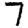
Digit: 7